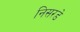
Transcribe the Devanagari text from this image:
निसरडे